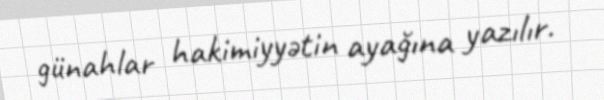
günahlar hakimiyyətin ayağına yazılır.